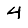
Digit: 4